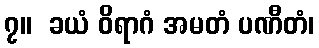
၇။  ခယံ ဝိရာဂံ အမတံ ပဏီတံ၊